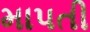
માપતી